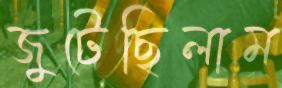
জুটেছিলাম